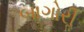
બાગોરીૢ